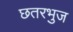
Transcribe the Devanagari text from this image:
छतरभुज